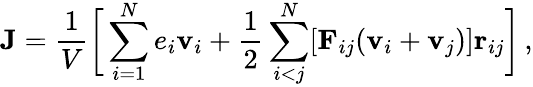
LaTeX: \mathbf{J}=\frac{1}{V}\bigg[\sum_{i=1}^{N}e_{i}\mathbf{v}_{i}+\frac{1}{2}\sum_{i<j}^{N}[\mathbf{F}_{ij}(\mathbf{v}_{i}+\mathbf{v}_{j})]\mathbf{r}_{ij}\bigg]\, ,